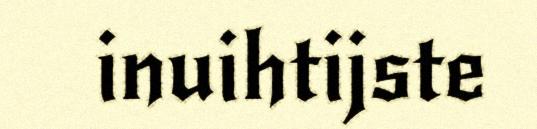
inuihtijste